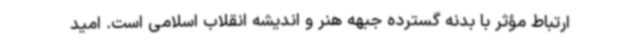
ارتباط مؤثر با بدنه گسترده جبهه هنر و اندیشه انقلاب اسلامی است. امید